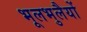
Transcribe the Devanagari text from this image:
भूलभुलैयों